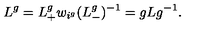
L ^ { g } = L _ { + } ^ { g } w _ { i ^ { g } } ( L _ { - } ^ { g } ) ^ { - 1 } = g L g ^ { - 1 } .